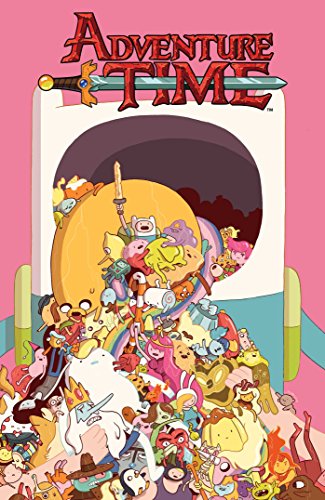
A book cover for Adventure Time Vol. 6; Ryan North; Children's Books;